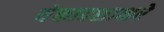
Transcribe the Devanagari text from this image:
येकादशाक्षरे